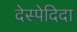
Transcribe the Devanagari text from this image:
देस्पेदिदा